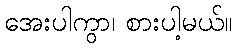
အေးပါကွာ၊ စားပါ့မယ်။